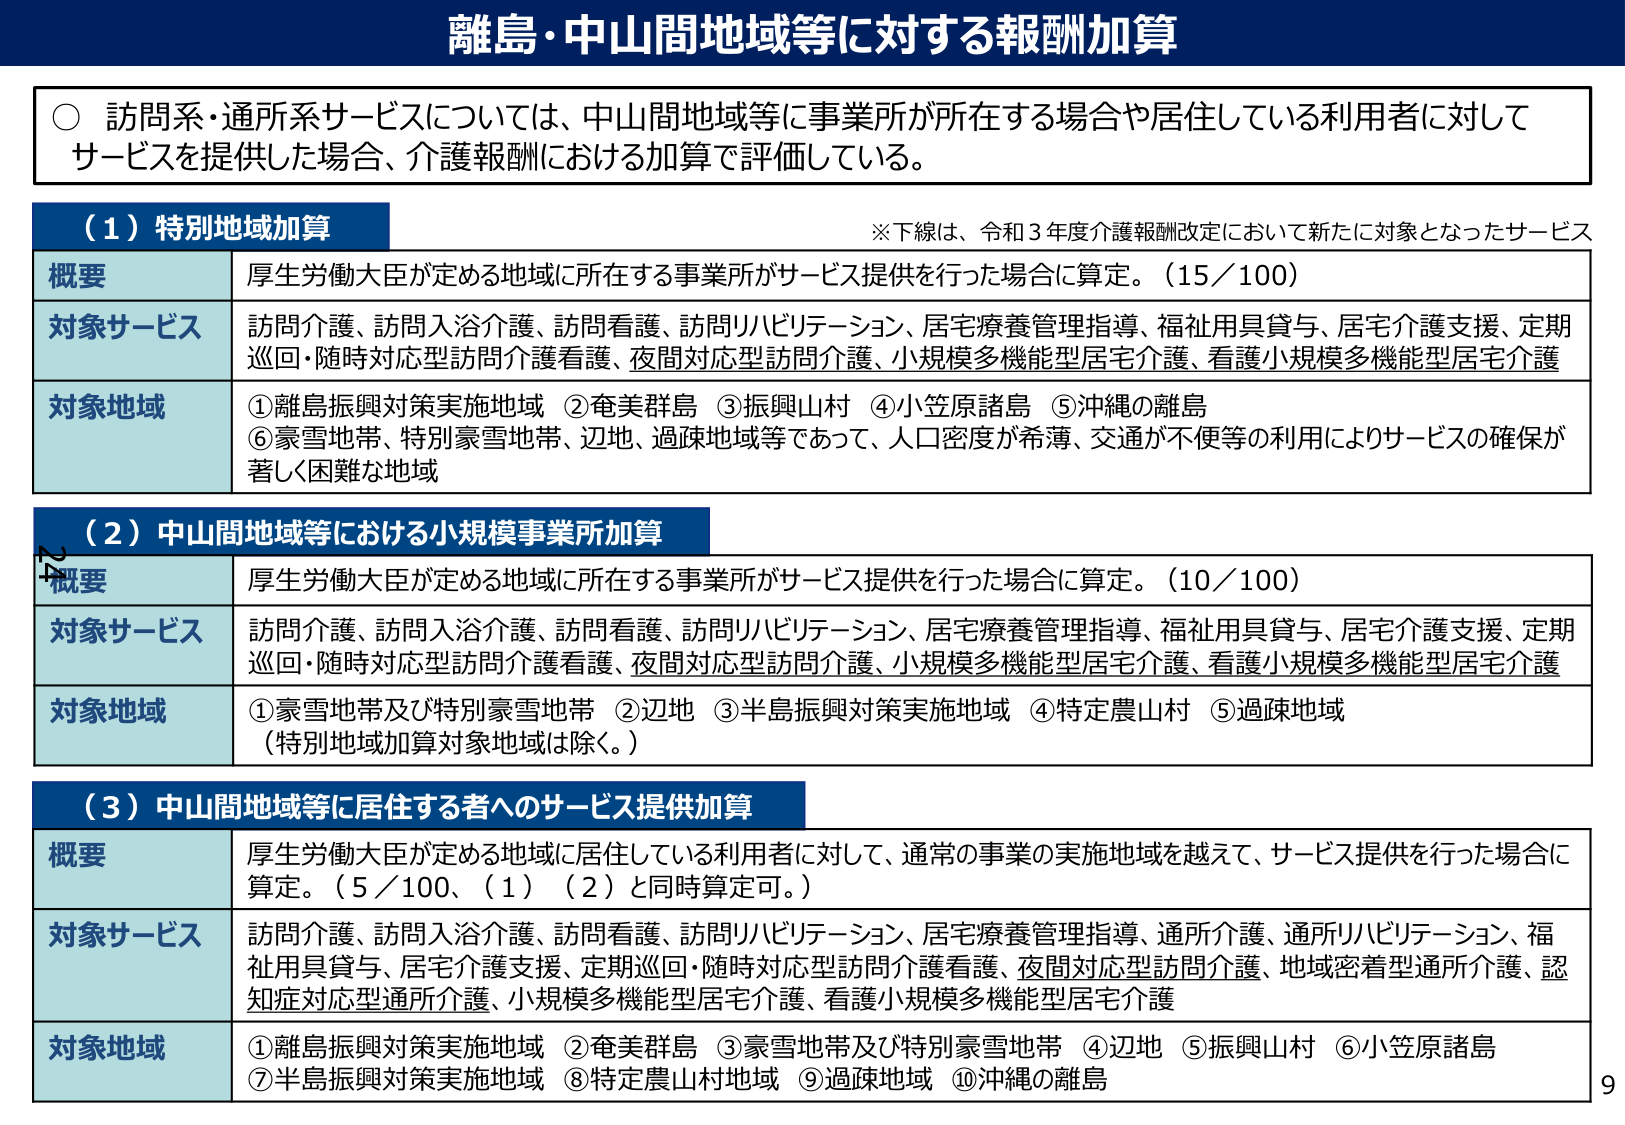
離島・中山間地域等に対する報酬加算

○ 訪問系・通所系サービスについては、中山間地域等に事業所が所在する場合や居住している利用者に対してサービスを提供した場合、介護報酬における加算で評価している。

（１）特別地域加算
※下線は、令和３年度介護報酬改定において新たに対象となったサービス

概要　厚生労働大臣が定める地域に所在する事業所がサービス提供を行った場合に算定。（15／100）

対象サービス　訪問介護、訪問入浴介護、訪問看護、訪問リハビリテーション、居宅療養管理指導、福祉用具貸与、居宅介護支援、定期巡回・随時対応型訪問介護看護、夜間対応型訪問介護、小規模多機能型居宅介護、看護小規模多機能型居宅介護

対象地域　①離島振興対策実施地域　②奄美群島　③振興山村　④小笠原諸島　⑤沖縄の離島　⑥豪雪地帯、特別豪雪地帯、辺地、過疎地域等であって、人口密度が希薄、交通が不便等の利用によりサービスの確保が著しく困難な地域

（２）中山間地域等における小規模事業所加算

概要　厚生労働大臣が定める地域に所在する事業所がサービス提供を行った場合に算定。（10／100）

対象サービス　訪問介護、訪問入浴介護、訪問看護、訪問リハビリテーション、居宅療養管理指導、福祉用具貸与、居宅介護支援、定期巡回・随時対応型訪問介護看護、夜間対応型訪問介護、小規模多機能型居宅介護、看護小規模多機能型居宅介護

対象地域　①豪雪地帯及び特別豪雪地帯　②辺地　③半島振興対策実施地域　④特定農山村　⑤過疎地域（特別地域加算対象地域は除く。）

（３）中山間地域等に居住する者へのサービス提供加算

概要　厚生労働大臣が定める地域に居住している利用者に対して、通常の事業の実施地域を越えて、サービス提供を行った場合に算定。（5／100、（1）（2）と同時算定可。）

対象サービス　訪問介護、訪問入浴介護、訪問看護、訪問リハビリテーション、居宅療養管理指導、通所介護、通所リハビリテーション、福祉用具貸与、居宅介護支援、定期巡回・随時対応型訪問介護看護、夜間対応型訪問介護、地域密着型通所介護、認知症対応型通所介護、小規模多機能型居宅介護、看護小規模多機能型居宅介護

対象地域　①離島振興対策実施地域　②奄美群島　③豪雪地帯及び特別豪雪地帯　④辺地　⑤振興山村　⑥小笠原諸島　⑦半島振興対策実施地域　⑧特定農山村地域　⑨過疎地域　⑩沖縄の離島

9